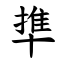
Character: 㔼